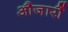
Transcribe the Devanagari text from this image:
औजारौं